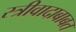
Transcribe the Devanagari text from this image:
स्त्रीवादाबाबत